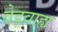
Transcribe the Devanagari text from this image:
वेदवाह्य